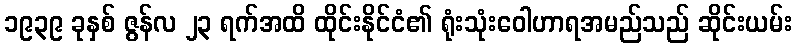
၁၉၃၉ ခုနှစ် ဇွန်လ ၂၃ ရက်အထိ ထိုင်းနိုင်ငံ၏ ရုံးသုံးဝေါဟာရအမည်သည် ဆိုင်းယမ်း